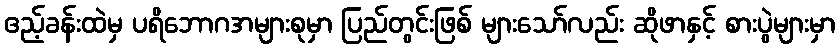
ဧည့်ခန်းထဲမှ ပရိဘောဂအများစုမှာ ပြည်တွင်းဖြစ် များသော်လည်း ဆိုဖာနှင့် စားပွဲများမှာ